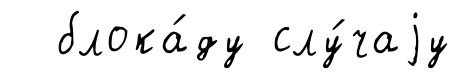
блока́ду слу́чаjу